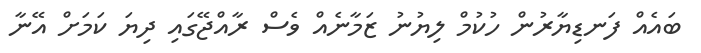
ބައެއް ފަނޑިޔާރުން ހުކުމް ލިޔުނު ޒަމާނެއް ވެސް ރާއްޖޭގައި ދިޔަ ކަމަށް އޭނާ